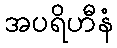
အပရိဟီနံ